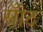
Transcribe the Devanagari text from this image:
सोँठ